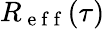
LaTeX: R_{\mathrm{~e~f~f~}}(\tau)